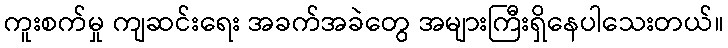
ကူးစက်မှု ကျဆင်းရေး အခက်အခဲတွေ အများကြီးရှိနေပါသေးတယ်။